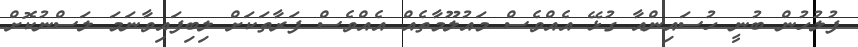
ފުލުހުން ބުނީ ހުސައިންއާ ގުޅޭ އެއްވެސް މައުލޫމާތެއް އެއްވެސް ފަރާތަކަށް ލިބިފައިވާނަމަ ލަސްނުކޮށް